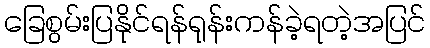
ခြေစွမ်းပြနိုင်ရန်ရုန်းကန်ခဲ့ရတဲ့အပြင်